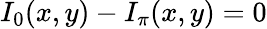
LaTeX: I_{0}(x,y)-I_{\pi}(x,y)=0